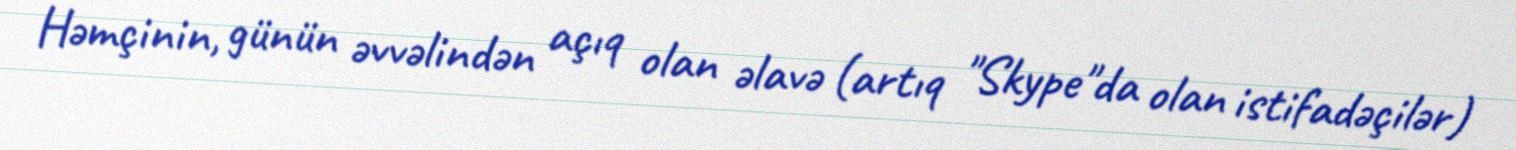
Həmçinin, günün əvvəlindən açıq olan əlavə (artıq "Skype"da olan istifadəçilər)